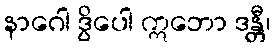
နာဂေါ ဒွိပေါ ဣဘော ဒန္တီ၊